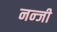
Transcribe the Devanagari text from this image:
नन्जी